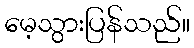
မေ့သွားပြန်သည်။